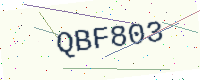
Text: QBF803